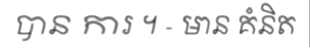
បាន ការ ។ - មាន គំនិត